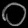
Digit: ၀